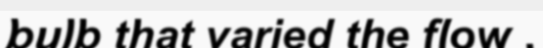
bulb that varied the flow .